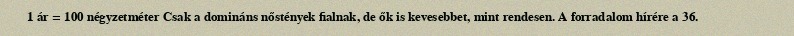
1 ár = 100 négyzetméter Csak a domináns nőstények fialnak, de ők is kevesebbet, mint rendesen. A forradalom hírére a 36.